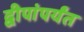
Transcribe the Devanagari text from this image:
द्वीपांपर्यंत